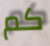
كم